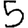
Digit: 5